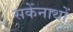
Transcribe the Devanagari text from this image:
सकेंनाथों